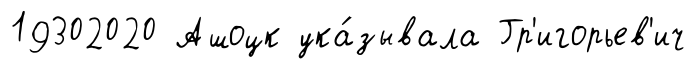
19302020 Ашоцк ука́зывала Гр'игорьев'ич